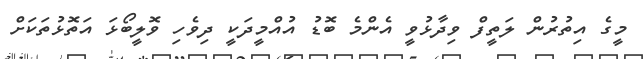
މީގެ އިތުރުން ލަތީފް ވިދާޅުވީ އެންމެ ބޮޑު އުއްމީދަކީ ދިވެހި ވޮލީބޯޅަ އަތޮޅުތަކަށް